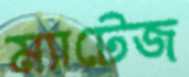
ম্যাটেজ